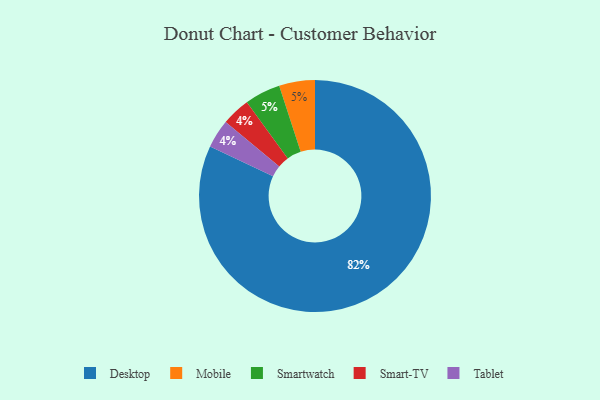
{"axis": {"x": "Category", "y": "Percentage"}, "legend": ["Desktop", "Mobile", "Smart-TV", "Smartwatch", "Tablet"], "data": [{"x": "Mobile", "y": 5, "type": "Mobile"}, {"x": "Smart-TV", "y": 4, "type": "Smart-TV"}, {"x": "Tablet", "y": 4, "type": "Tablet"}, {"x": "Desktop", "y": 82, "type": "Desktop"}, {"x": "Smartwatch", "y": 5, "type": "Smartwatch"}]}